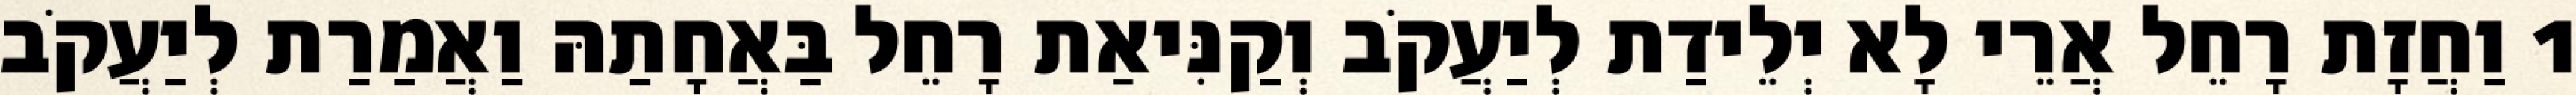
1 וַחֲזָת רָחֵל אֲרֵי לָא יְלֵידַת לְיַעֲקֹב וְקַנִּיאַת רָחֵל בַּאֲחָתַהּ וַאֲמַרַת לְיַעֲקֹב